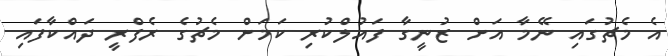
އެ މެޗުގައި ނޭމާ އަށް ޒުނީގާ ފައުލްކުރި ކަމަށް މެޗުގެ ރެފްރީ ދައްކާފައި